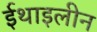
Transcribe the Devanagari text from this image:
ईथाइलीन